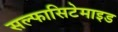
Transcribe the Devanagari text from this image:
सल्फासिटेमाइड